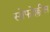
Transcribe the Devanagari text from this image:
सोफोक्लीस